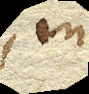
, in